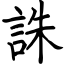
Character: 誅